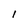
Character: 1